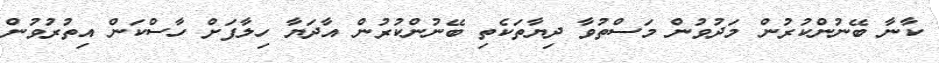
ކާނާ ބޭނުންކުރުން މަދުވުން މަސްތުވާ ދިޔާތަކެތި ބޭނުންކުރުން އާދަޔާ ހިލާފަށް ހާސްކަން އިތުރުވުން